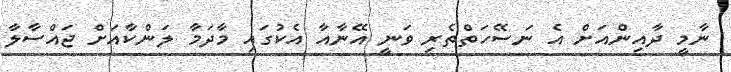
ނާމީ ދާއިންއަށް އެ ނަސޭހަތްތެރި ވަނީ އޭނާއާ އެކުގައި މާދަމާ ލަންކާއަށް ޖައްސާލާ